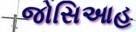
જોસિઆહ